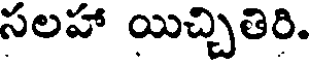
సలహా యిచ్చితిరి.